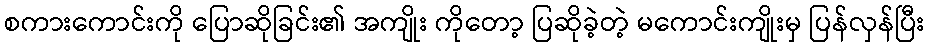
စကားကောင်းကို ပြောဆိုခြင်း၏ အကျိုး ကိုတော့ ပြဆိုခဲ့တဲ့ မကောင်းကျိုးမှ ပြန်လှန်ပြီး